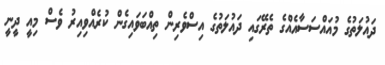
ދައުލަތުގެ މުއައްސަސާއެއްގެ ތެރޭގައި ދައުލަތުގެ އިސްވެރިން ތިއްބަވައިގެން ކުރެއްވިއިރު ވެސް މިއީ ދީނީ